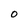
Character: O